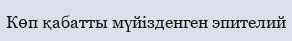
Көп қабатты мүйізденген эпителий